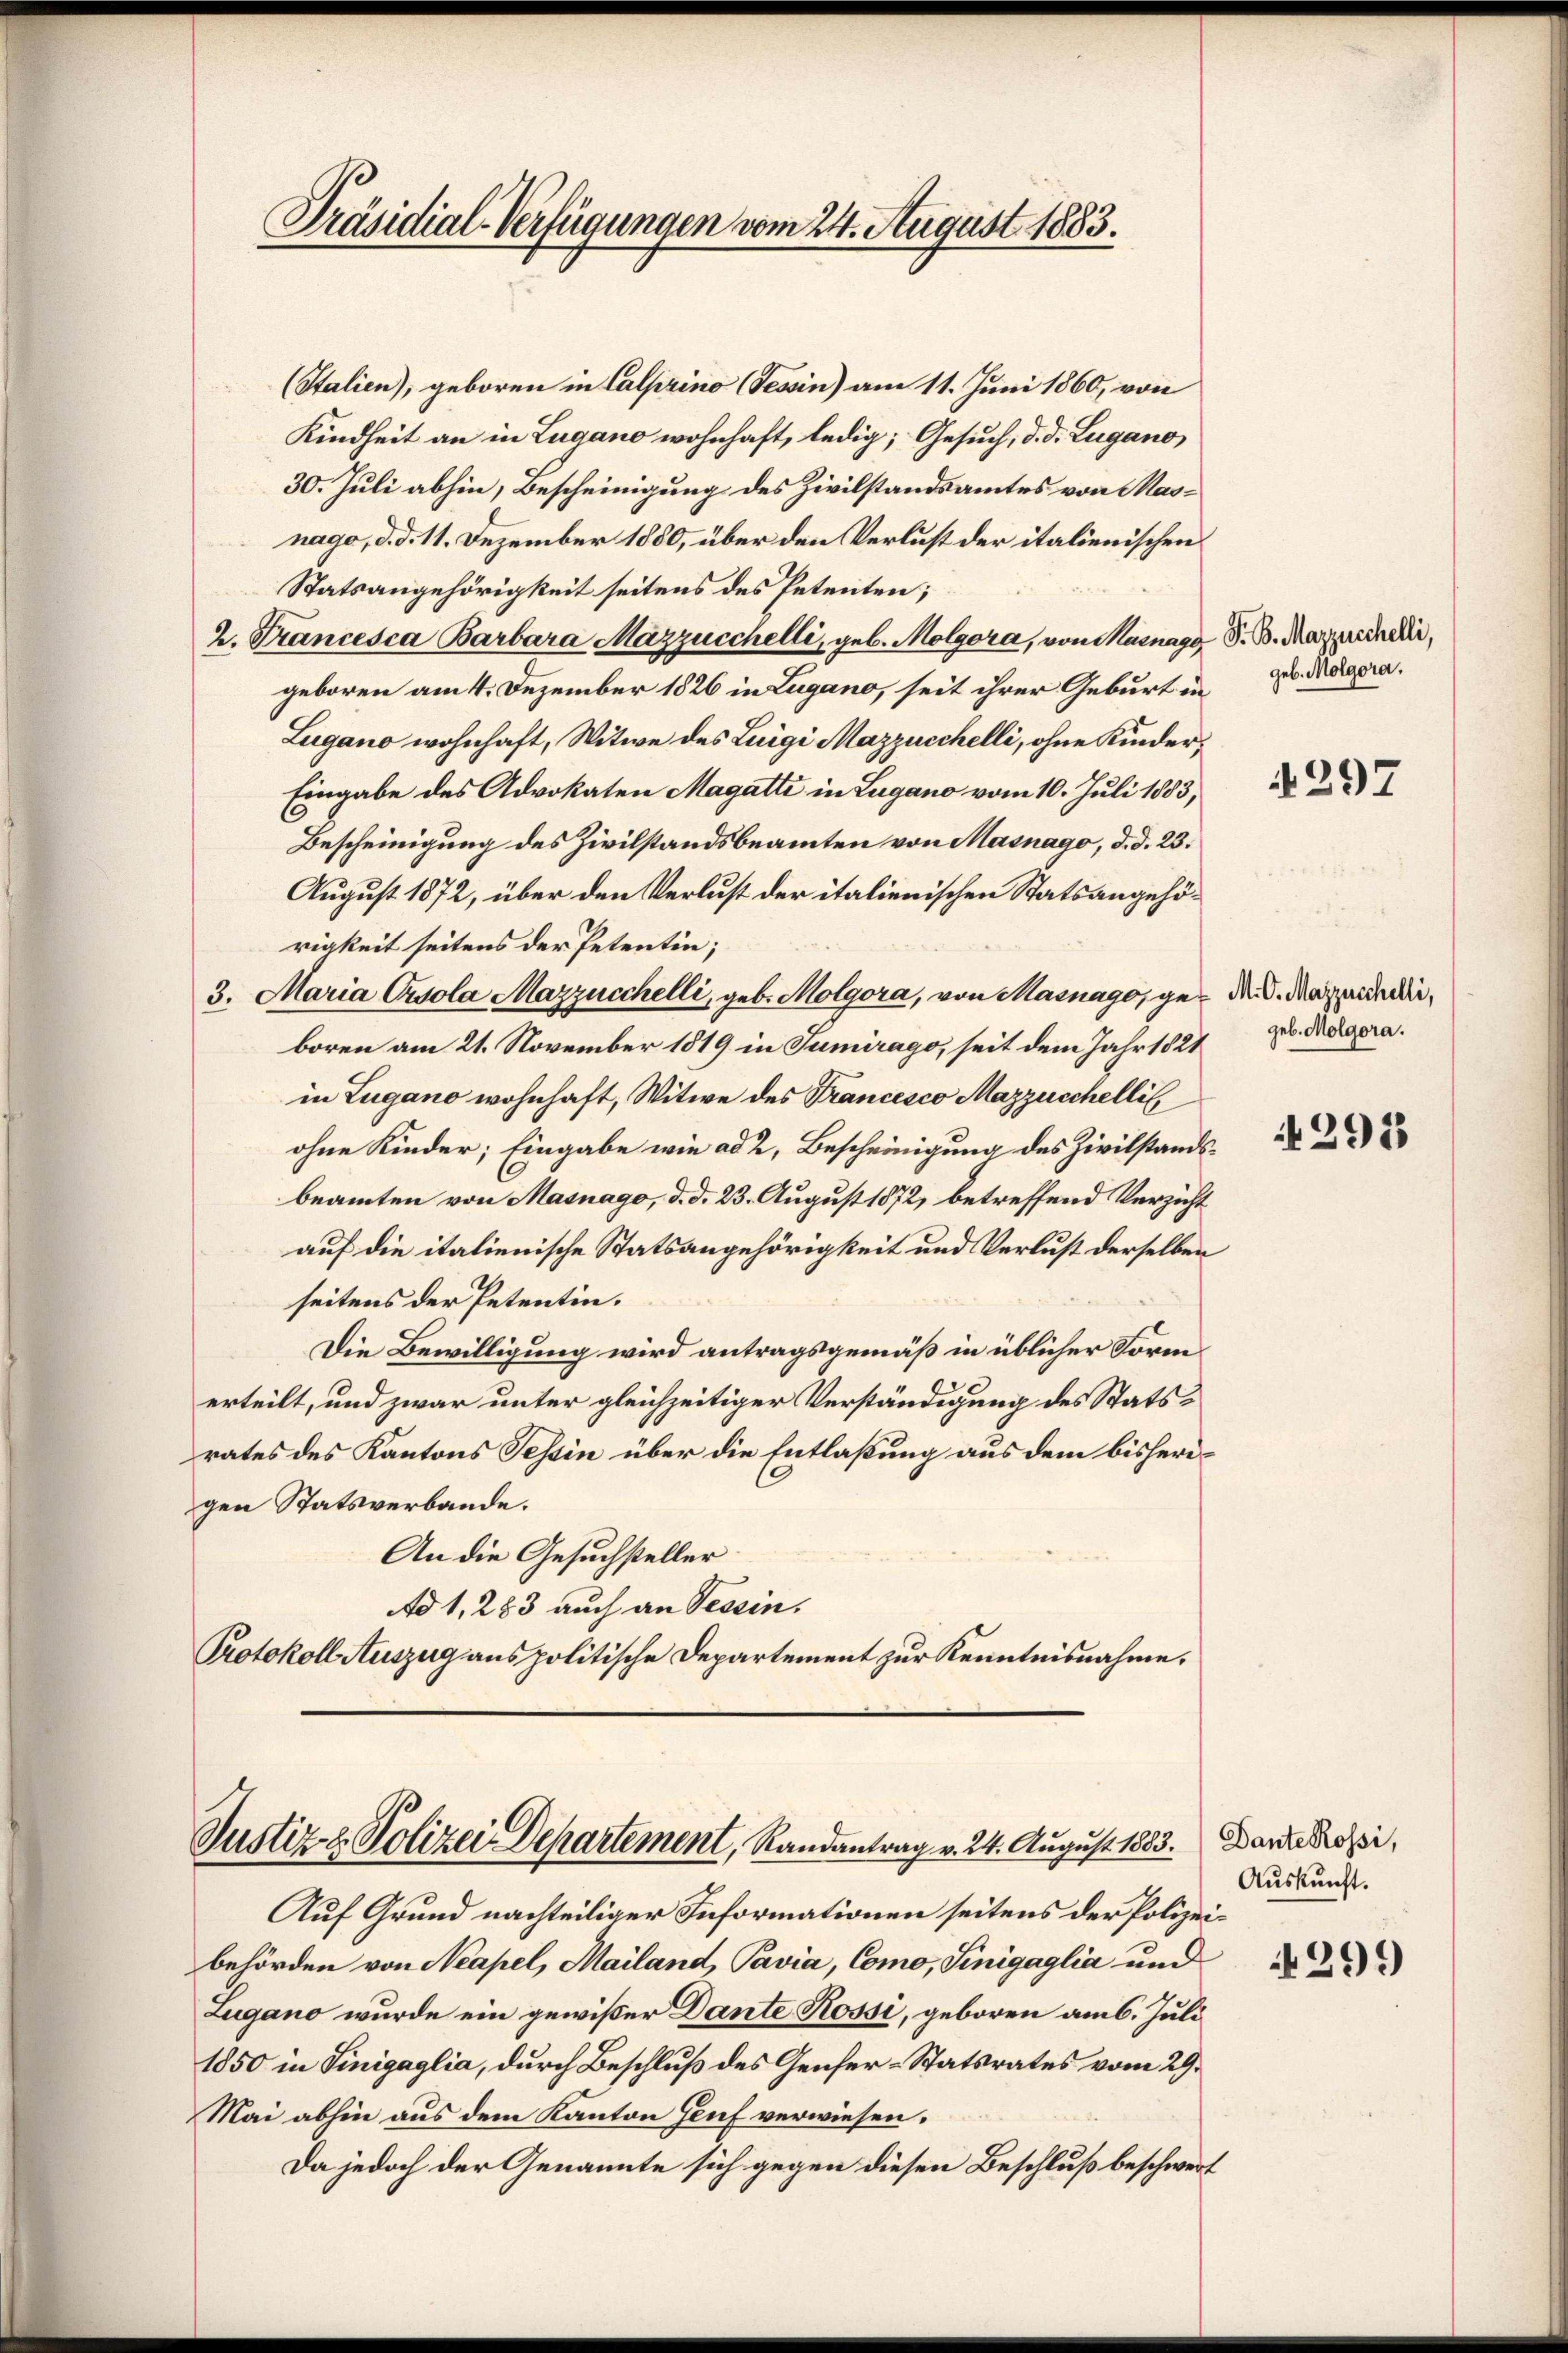
(Stalien), geboren in Calprino Tessin) am 11. Juni 1860, von
Kindheit an in Lugano wohnhaft, ledig; Gesuch, d. d. Lugano,
30. Juli abhin, Bescheinigung des Zivilstandsamtes von Masnago, d. d. 11. Dezember 1850, über den Verlust der italienischen
Statsangehörigkeit seitens des Petenten;
2. Francesca Barbara Mazzucchelli, geb. Molgora, von Masnagg S. B. Marzerechelli,
geboren am 4. Dezember 1826 in Lugano, seit ihrer Geburt in
Lugano wohnhaft, Witwe des Luigi Mazzucchelli, ohne Kinder,
Eingabe des Advokaten Magatti in Lugano vom 10. Juli 1883,
Bescheinigung des Zivilstandsbeamten von Masnago, d. d. 23.
August 1872, über den Verlust der italienischen Statsangehörigkeit seitens der Petentin;
3. Maria Crsola Mazzucchelli, geb. Molgora, von Masnago, ge- d. d. Marieli,
boren am 21. November 1819 in Sumirago, seit dem Jahr 1821
in Lugano wohnhaft, Witwe des Francesco Mazziechellis,
ohne Kinder; Eingabe wie ad 2, Bescheinigung des Zivilstandsbeamten von Masnago, d. d. 23. August 1872, betreffend Verzicht
auf die italienische Statsangehörigkeit und Verlust derselben
seitens der Petentin.
Die Bewilligung wird antragsgemäß in üblicher Form
erteilt, und zwar unter gleichzeitiger Verständigung des Statsrates des Kantons Tessin über die Entlaßung aus dem bisherigen Statsverbande.
An die Gesuchsteller
Ad 1, 283 auch an Tessin.
Protokoll Auszug aus politische Departement zur Kenntnisnahme.

Präsidial-Verfügungen vom 24. August 1883.

Justiz & Polizei Departement, Randantrag v. 24. August 1883. Daradossi¬

geb. Molgora.

297

geb. Molgora.

Auf Grund nachteiliger Informationen seitens der Polizeibehörden von Neapel, Mailand, Pavia, Como, Sinigaglia und
Lugano wurde ein gewißer Dante Rossi, geboren am 6. Juli
1850 in Sinigaglia, durch Beschluß des Genfer-Statsrates vom 29.
Mai abhin aus dem Kanton Genf verwiesen.
Da jedoch der Genannte sich gegen diesen Beschluß beschwert

2913

Auskunft.

4299